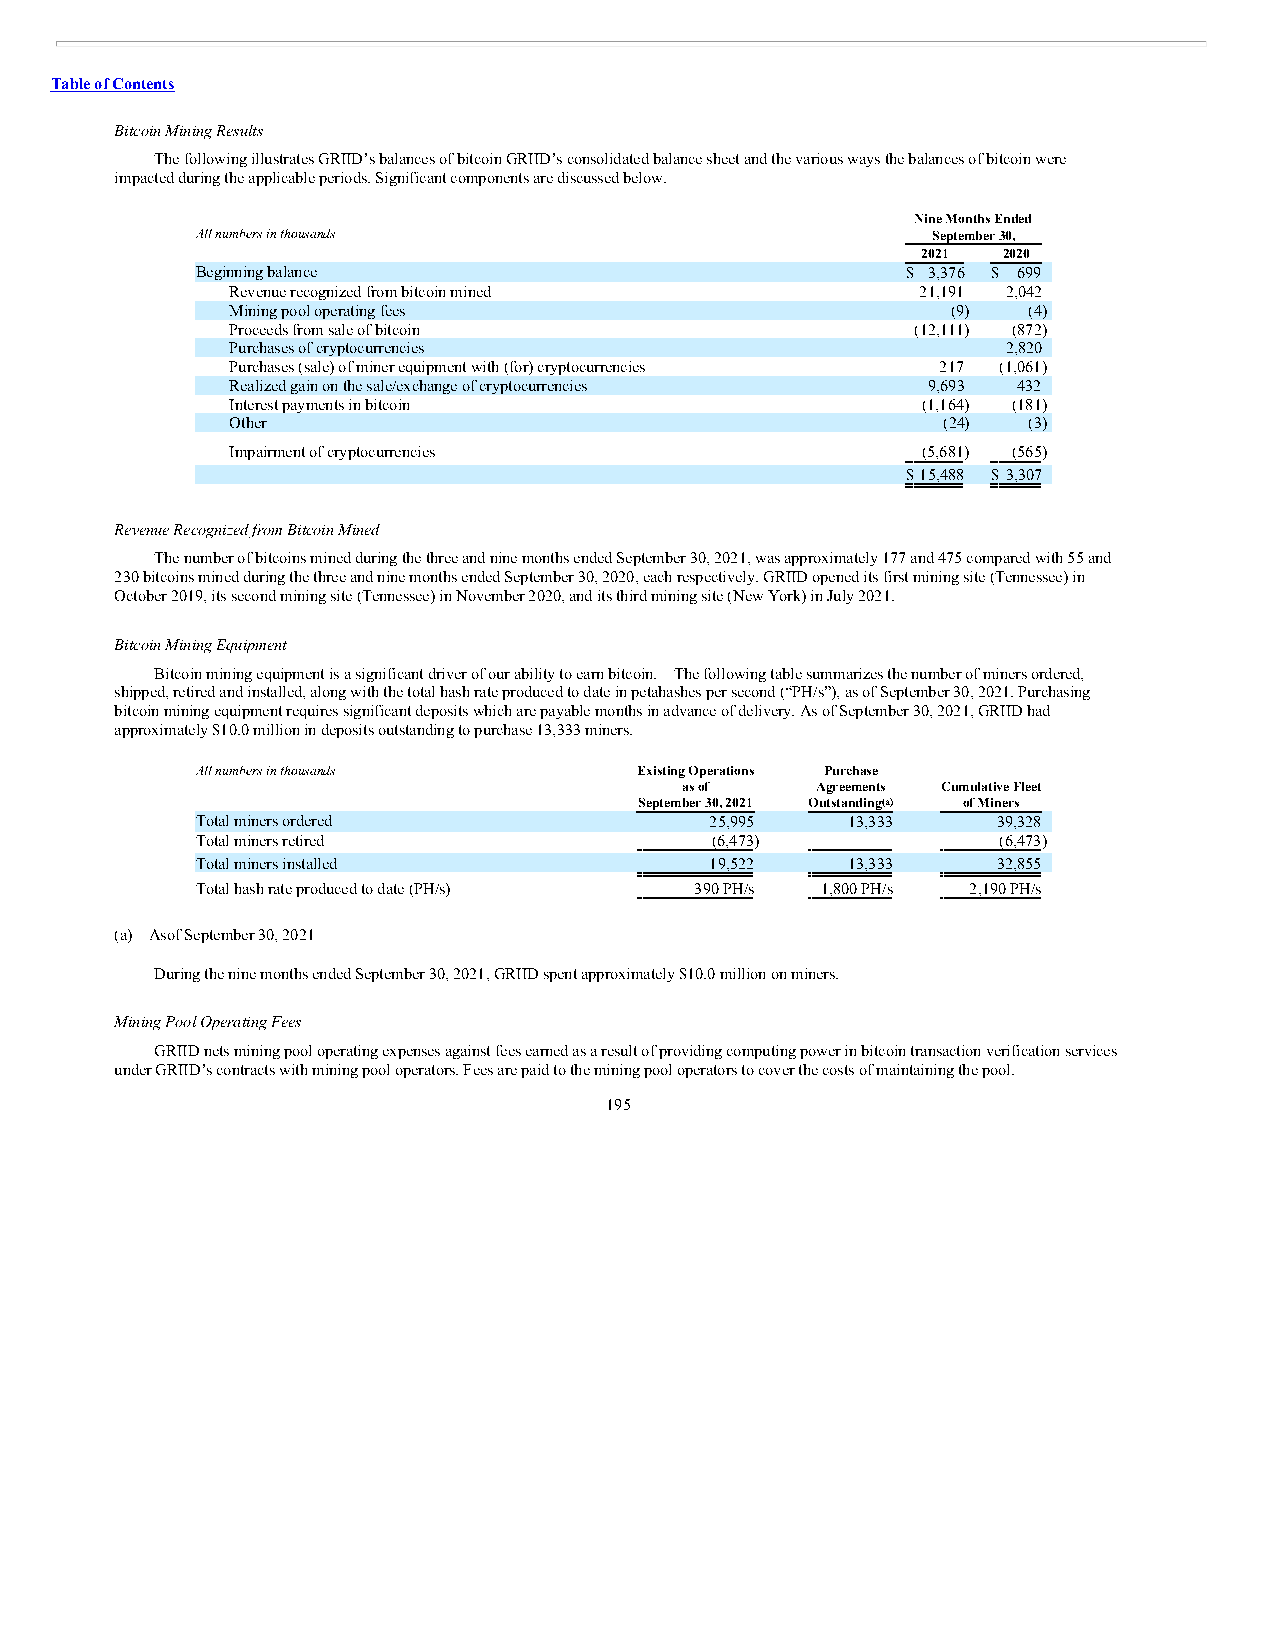
Table of Contents
 Bitcoin Mining Results
 The following illustrates GRIID’s balances of bitcoin GRIID’s consolidated balance sheet and the various ways the balances of bitcoin were
 impacted during the applicable periods. Significant components are discussed below.
 Nine Months Ended
 All numbers in thousands                         September 30,
 2021 2020
 Beginning balance                              $ 3,376 $ 699
 Revenue recognized from bitcoin mined         21,191 2,042
 Mining pool operating fees                      (9)  (4)
 Proceeds from sale of bitcoin                 (12,111) (872)
 Purchases of cryptocurrencies                  —    2,820
 Purchases (sale) of miner equipment with (for) cryptocurrencies 217 (1,061)
 Realized gain on the sale/exchange of cryptocurrencies 9,693 432
 Interest payments in bitcoin                  (1,164) (181)
 Other                                          (24)  (3)
 Impairment of cryptocurrencies                (5,681) (565)
 $15,488 $ 3,307
 Revenue Recognized from Bitcoin Mined
 The number of bitcoins mined during the three and nine months ended September 30, 2021, was approximately 177 and 475 compared with 55 and
 230 bitcoins mined during the three and nine months ended September 30, 2020, each respectively. GRIID opened its first mining site (Tennessee) in
 October 2019, its second mining site (Tennessee) in November 2020, and its third mining site (New York) in July 2021.
 Bitcoin Mining Equipment
 Bitcoin mining equipment is a significant driver of our ability to earn bitcoin. The following table summarizes the number of miners ordered,
 shipped, retired and installed, along with the total hash rate produced to date in petahashes per second (“PH/s”), as of September 30, 2021. Purchasing
 bitcoin mining equipment requires significant deposits which are payable months in advance of delivery. As of September 30, 2021, GRIID had
 approximately $10.0 million in deposits outstanding to purchase 13,333 miners.
 All numbers in thousands     Existing Operations Purchase
 as of    Agreements Cumulative Fleet
 September 30, 2021 Outstanding(a) of Miners
 Total miners ordered              25,995   13,333    39,328
 Total miners retired              (6,473)   —        (6,473)
 Total miners installed            19,522   13,333    32,855
 Total hash rate produced to date (PH/s) 390 PH/s 1,800 PH/s 2,190 PH/s
 (a) Asof September 30, 2021
 During the nine months ended September 30, 2021, GRIID spent approximately $10.0 million on miners.
 Mining Pool Operating Fees
 GRIID nets mining pool operating expenses against fees earned as a result of providing computing power in bitcoin transaction verification services
 under GRIID’s contracts with mining pool operators. Fees are paid to the mining pool operators to cover the costs of maintaining the pool.
 195